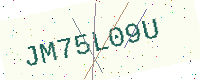
Text: JM75L09U